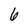
Character: 6